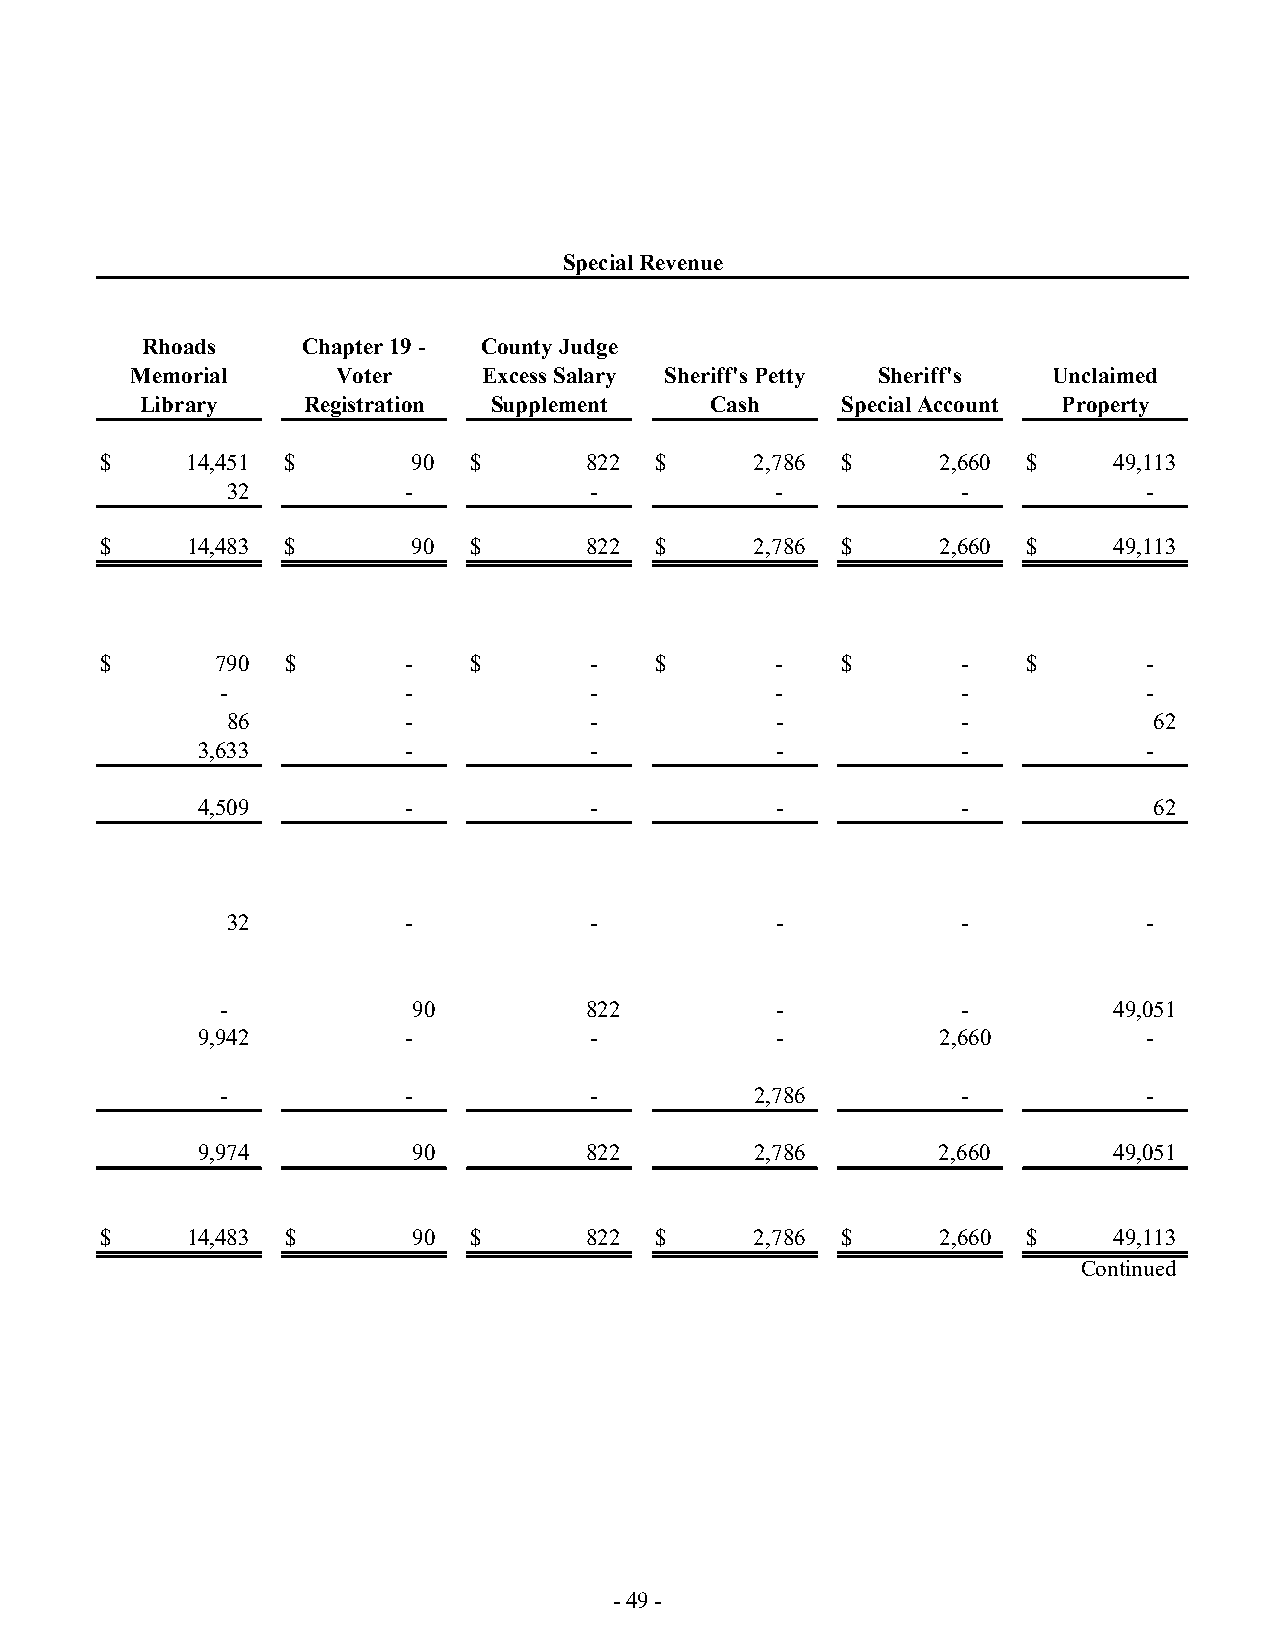
Special Revenue
 Rhoads     Chapter 19 - County Judge
 Memorial     Voter     Excess Salary Sheriff's Petty Sheriff's Unclaimed
 Library    Registration Supplement    Cash     Special Account Property
 $    14,451 $       90  $       822 $      2,786 $     2,660 $     49,113
 32          -           -           -            -           -
 $    14,483 $       90  $       822 $      2,786 $     2,660 $     49,113
 $      790  $       -   $       -   $       -    $       -   $       -
 -           -           -           -            -           -
 86          -           -           -            -           62
 3,633         -           -           -            -           -
 4,509         -           -           -            -           62
 32          -           -           -            -           -
 -           90          822         -            -         49,051
 9,942         -           -           -          2,660         -
 -           -           -          2,786         -           -
 9,974         90          822        2,786       2,660       49,051
 $    14,483 $       90  $       822 $      2,786 $     2,660 $     49,113
 Continued
 - 49 -